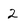
Character: 2